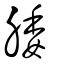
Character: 腇